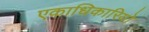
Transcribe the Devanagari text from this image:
एकाधिकारियो